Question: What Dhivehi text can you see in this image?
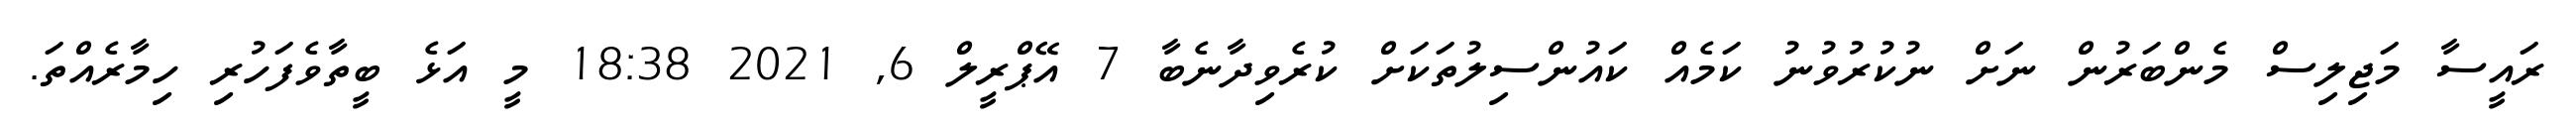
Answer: ރައީސާ މަޖިލިސް މެންބަރުން ނަށް ނުކުރުވުނު ކަމެއް ކައުންސިލުތަކަށް ކުރެވިދާނެބާ 7 އޭޕްރީލް 6, 2021 18:38 މީ އަޅެ ބީތާވެފަހުރި ހިމާރެއްތަ.